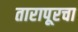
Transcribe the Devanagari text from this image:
तारापूरचा